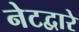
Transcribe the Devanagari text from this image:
नेटद्वारे